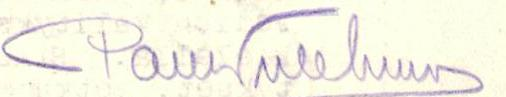
Paul Tulehmo